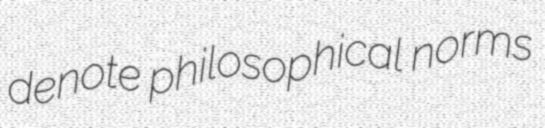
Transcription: denote philosophical norms